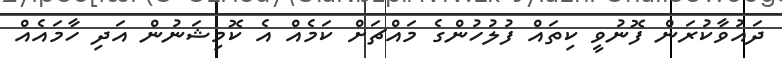
ދައުވާކުރަން ފޮނުވީ ކިތައް ފުލުހުންގެ މައްޗަށް ކަމެއް އެ ކޮމިޝަނުން އަދި ހާމައެއް